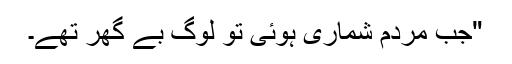
"جب مردم شماری ہوئی تو لوگ بے گھر تھے۔